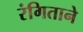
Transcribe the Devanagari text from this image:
रंगिताने